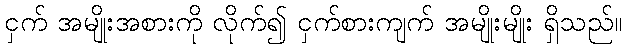
ငှက် အမျိုးအစားကို လိုက်၍ ငှက်စားကျက် အမျိုးမျိုး ရှိသည်။